Problem: 6 × 5 = ?
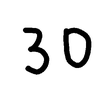
Handwritten answer: 30